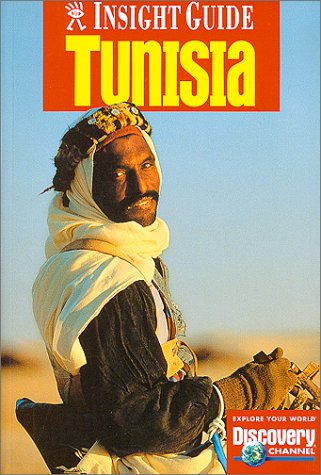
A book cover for Tunisia (Insight Guide Tunisia); Travel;